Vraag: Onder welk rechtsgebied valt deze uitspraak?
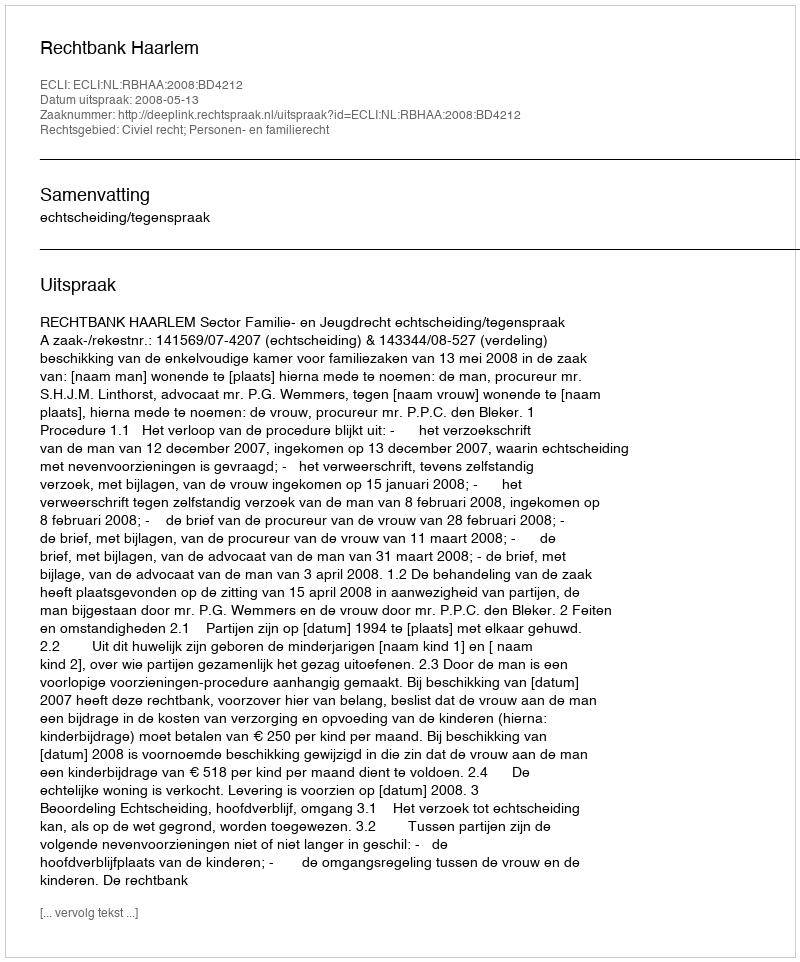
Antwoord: Civiel recht; Personen- en familierecht